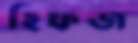
হিফজ